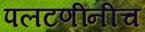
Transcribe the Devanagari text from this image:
पलटणींनीच